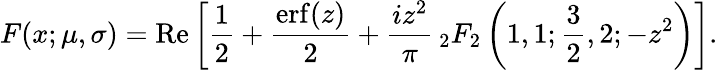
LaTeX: F(x;\mu,\sigma)=\operatorname{Re}\left[{\frac{1}{2}}+{\frac{\operatorname{erf}(z)}{2}}+{\frac{iz^{2}}{\pi}}\, _{2}F_{2}\left(1,1;{\frac{3}{2}},2;-z^{2}\right)\right].